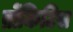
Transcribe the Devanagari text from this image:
ब्रोंकिटिस